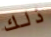
ذلك